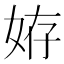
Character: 𡜒